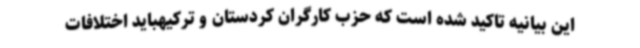
این بیانیه تاکید شده است که حزب کارگران کردستان و ترکیهباید اختلافات